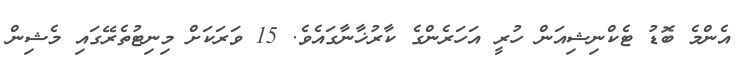
އެންމެ ބޮޑު ޓެކްނިޝިއަން ހުރީ އަހަރެންގެ ކާރުޚާނާގައެވެ. 15 ވަރަކަށް މިނިޓުތެރޭގައި މެޝިން